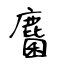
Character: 麕